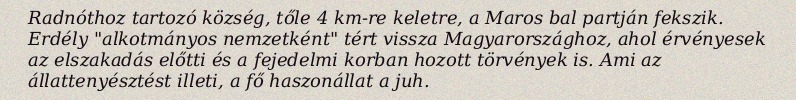
Radnóthoz tartozó község, tőle 4 km-re keletre, a Maros bal partján fekszik. Erdély "alkotmányos nemzetként" tért vissza Magyarországhoz, ahol érvényesek az elszakadás előtti és a fejedelmi korban hozott törvények is. Ami az állattenyésztést illeti, a fő haszonállat a juh.